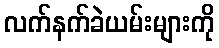
လက်နက်ခဲယမ်းများကို